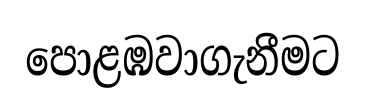
පොළඹවාගැනීමට